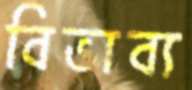
বিভাব্য